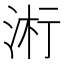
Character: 𬇪